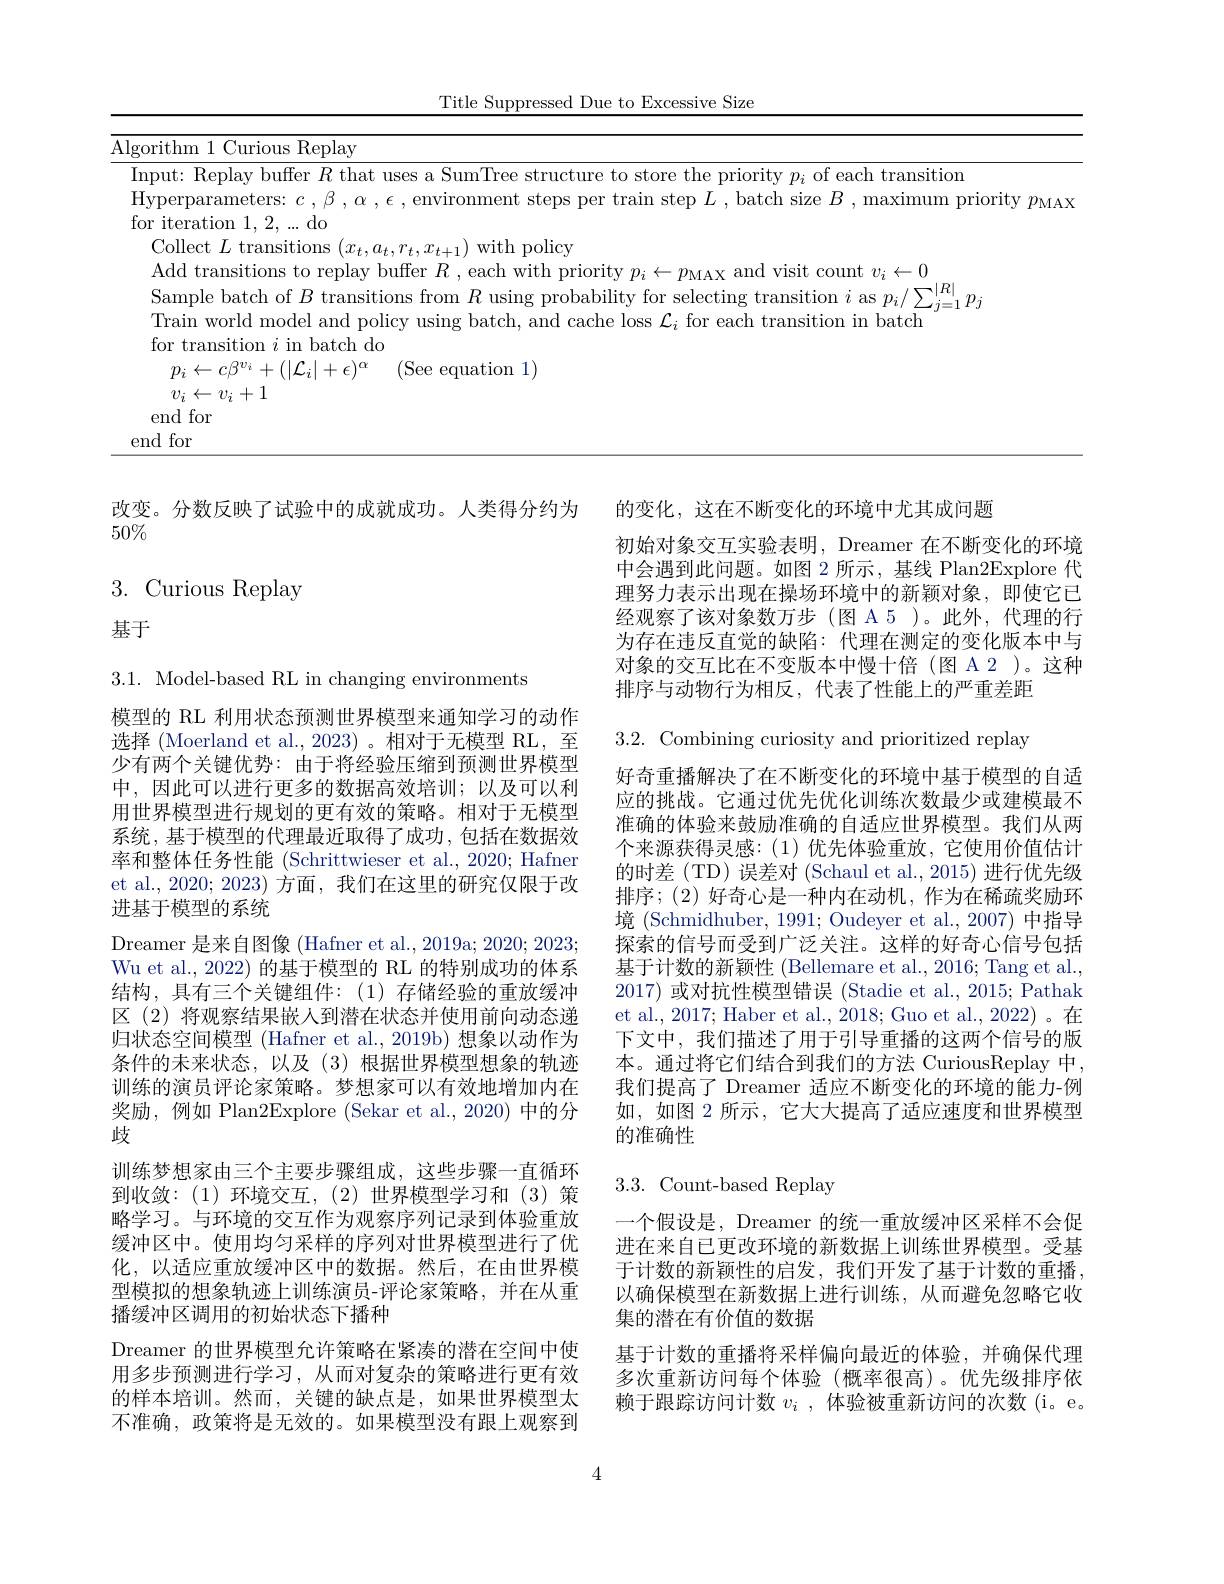
Title Suppressed Due to Excessive Size
<table>
	<tbody>
		<tr>
			<td>Alge</td>
			<td>1 Curious Replay</td>
		</tr>
		<tr>
			<td>In $H$ $fo$</td>
			<td>eplay buffer $R$ that uses a SumTree structure to store the priority $p_i$ of each transition rameters: $c,\beta,\alpha,\epsilon$, environment steps per train step $L$, batch size $B$, maximum priority $p_{\mathrm{M}}A$ $\operatorname{ion}1,2,\ldots$do</td>
		</tr>
	</tbody>
</table>

改变。分数反映了试验中的成就成功。人类得分约为 的变化，这在不断变化的环境中尤其成问题
$50\%$

# 3.Curious Replay 基于

初始对象交互实验表明，Dreamer 在不断变化的环境中会遇到此问题。如图 2 所示，基线 Plan2Explore 代理努力表示出现在操场环境中的新颖对象，即使它已经观察了该对象数万步(图 A 5)。此外，代理的行为存在违反直觉的缺陷：代理在测定的变化版本中与对象的交互比在不变版本中慢十倍(图 A 2 )。这种排序与动物行为相反，代表了性能上的严重差距

3.2. Combining curiosity and prioritized replay

好奇重播解决了在不断变化的环境中基于模型的自适应的挑战。它通过优先优化训练次数最少或建模最不准确的体验来鼓励准确的自适应世界模型。我们从两个来源获得灵感：(1)优先体验重放，它使用价值估计的时差 (TD) 误差对 (Schaul et al.,2015) 进行优先级排序；(2) 好奇心是一种内在动机，作为在稀疏奖励环境 (Schmidhuber, 1991; Oudeyer et al., 2007) 中指导探索的信号而受到广泛关注。这样的好奇心信号包括基于计数的新颖性 (Bellemare et al., 2016; Tang et al., 2017) 或对抗性模型错误 (Stadie et al., 2015; Pathak et al., 2017; Haber et al., 2018; Guo et al., 2022)。在下文中，我们描述了用于引导重播的这两个信号的版本。通过将它们结合到我们的方法 CuriousReplay 中， 我们提高了 Dreamer 适应不断变化的环境的能力-例如，如图 2 所示，它大大提高了适应速度和世界模型的准确性

3.1. Model-based RL in changing environments
模型的 RL 利用状态预测世界模型来通知学习的动作选择 (Moerland et al.,2023)。相对于无模型 RL,至少有两个关键优势：由于将经验压缩到预测世界模型中，因此可以进行更多的数据高效培训；以及可以利用世界模型进行规划的更有效的策略。相对于无模型系统，基于模型的代理最近取得了成功，包括在数据效率和整体任务性能 (Schrittwieser et al., 2020; Hafner et al., 2020; 2023) 方面，我们在这里的研究仅限于改进基于模型的系统
Dreamer 是来自图像 (Hafner et al., 2019a; 2020; 2023; Wu et al., 2022) 的基于模型的 RL 的特别成功的体系结构，具有三个关键组件：(1)存储经验的重放缓冲区 (2) 将观察结果嵌人到潜在状态并使用前向动态递归状态空间模型 (Hafner et al., 2019b) 想象以动作为条件的未来状态，以及(3)根据世界模型想象的轨迹训练的演员评论家策略。梦想家可以有效地增加内在奖励，例如 Plan2Explore (Sekar et al.,2020)中的分歧
训练梦想家由三个主要步骤组成，这些步骤一直循环到收敛：(1)环境交互，(2)世界模型学习和(3)策略学习。与环境的交互作为观察序列记录到体验重放缓冲区中。使用均匀采样的序列对世界模型进行了优化，以适应重放缓冲区中的数据。然后，在由世界模型模拟的想象轨迹上训练演员-评论家策略，并在从重播缓冲区调用的初始状态下播种
Dreamer 的世界模型允许策略在紧凑的潜在空间中使用多步预测进行学习，从而对复杂的策略进行更有效的样本培训。然而，关键的缺点是，如果世界模型太不准确，政策将是无效的。如果模型没有跟上观察到

## 3.3.Count-based Replay

一个假设是，Dreamer 的统一重放缓冲区采样不会促进在来自已更改环境的新数据上训练世界模型。受基于计数的新颖性的启发，我们开发了基于计数的重播， 以确保模型在新数据上进行训练，从而避免忽略它收集的潜在有价值的数据
基于计数的重播将采样偏向最近的体验，并确保代理多次重新访问每个体验(概率很高)。优先级排序依赖于跟踪访问计数$v_i$ ,体验被重新访问的次数 (i。e。

4